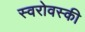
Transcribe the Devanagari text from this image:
स्वरोवस्की